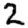
Digit: 2